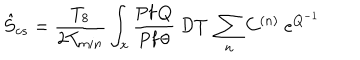
\hat { S } _ { c s } = \frac { T _ { 8 } } { 2 T _ { m i n } } \int _ { x } \frac { \mathrm { P f } \, Q } { \mathrm { P f } \, \theta } ~ { \mathcal { D } } T ~ \sum _ { n } C ^ { ( n ) } ~ e ^ { Q ^ { - 1 } }